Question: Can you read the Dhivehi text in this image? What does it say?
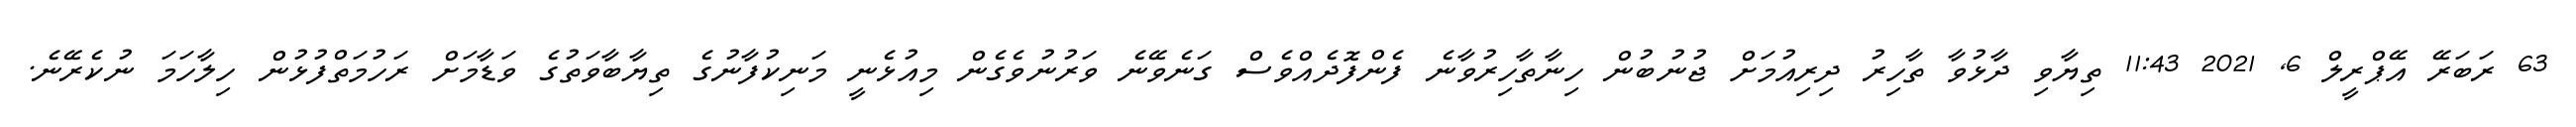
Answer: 63 ރަބަރޭ އޭޕްރީލް 6, 2021 11:43 ތިޔާވި ދާޅުވާ ތާހިރު ދިރިއުމަށް ޖުނުބުން ހިނާތާހިރުވާނެ ފެންފޮދެއްވެސް ގަނެވޭނެ ވަރުނުވެގެން މިއުޅެނީ މަނިކުފާނުގެ ތިޔާބާވަތުގެ ވަޑާމަށް ރަހުމަތްފުޅުން ހިލާހަމަ ނުކެރޭނެ.